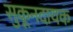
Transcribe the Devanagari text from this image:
सुकूनदायक